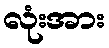
လုံးအား